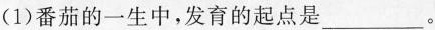
(1)番茄的一生中，发育的起点是___。